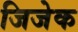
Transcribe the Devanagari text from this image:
जिजेक